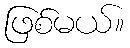
ဖြစ်မယ်။